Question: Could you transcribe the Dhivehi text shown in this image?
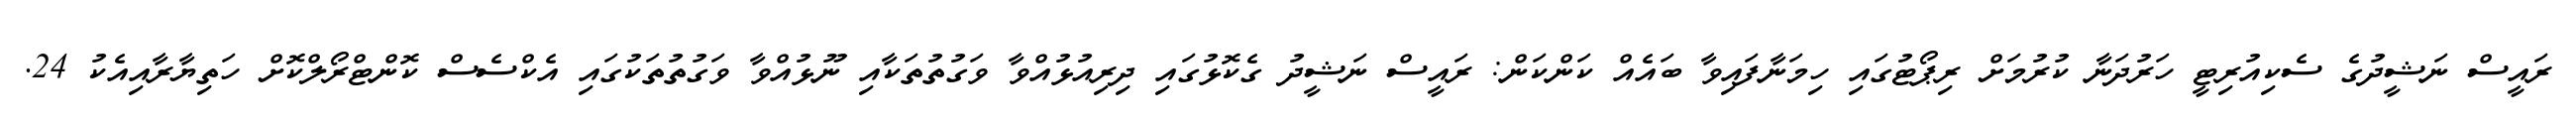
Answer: ރައީސް ނަޝީދުގެ ސެކިއުރިޓީ ހަރުދަނާ ކުރުމަށް ރިޕޯޓުގައި ހިމަނާފައިވާ ބައެއް ކަންކަން: ރައީސް ނަޝީދު ގެކޮޅުގައި ދިރިއުޅުއްވާ ވަގުތުތަކާއި ނޫޅުއްވާ ވަގުތުތަކުގައި އެކްސެސް ކޮންޓްރޯލްކޮށް ހަތިޔާރާއިއެކު 24.